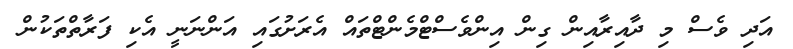
އަދި ވެސް މި ދާއިރާއިން ގިން އިންވެސްޓްމެންޓްތައް އެރަށުގައި އަންނަނީ އެކި ފަރާތްތަކުން